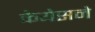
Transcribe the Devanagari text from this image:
केयेसने